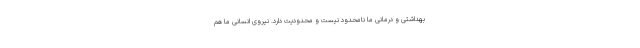
بهداشتی و درمانی ما نامحدود نیست و محدودیت دارد. نیروی انسانی ما هم